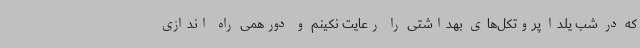
که در شب یلدا پروتکل‌های بهداشتی را رعایت نکینم و دورهمی راه اندازی